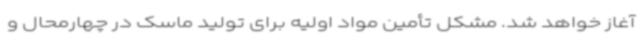
آغاز خواهد شد. مشکل تأمین مواد اولیه برای تولید ماسک در چهارمحال و